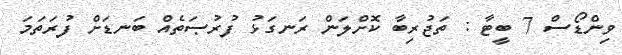
ވިންޑޯސް 7 ބީޓާ : ތަޖުރިބާ ކޮށްލަން ރަނގަޅު ފުރުޞަތެއް ބަނޑަށް ފުރަތަމަ